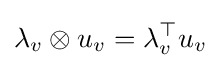
\lambda _{v}\otimes u_{v}=\lambda _{v}^{\top }u_{v}